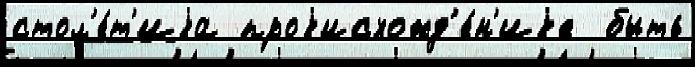
стол'е́т'иjа проjисхожд'е́н'иjе  быть